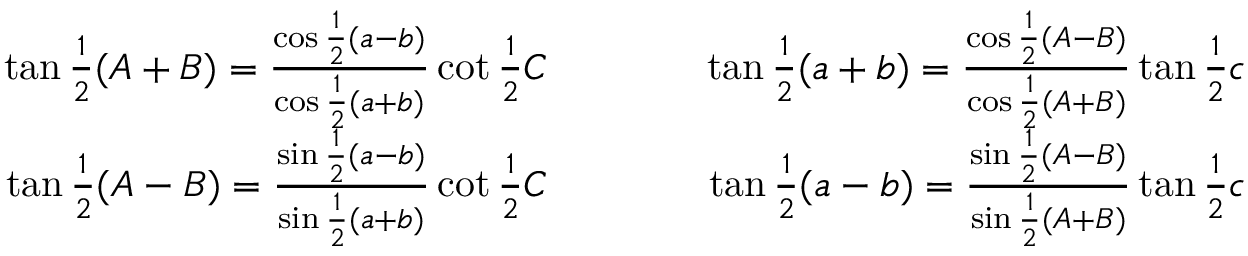
{ \begin{array} { r l r } { \tan { \frac { 1 } { 2 } } ( A + B ) = { \frac { \cos { \frac { 1 } { 2 } } ( a - b ) } { \cos { \frac { 1 } { 2 } } ( a + b ) } } \cot { \frac { 1 } { 2 } } C } & { \qquad } & { \tan { \frac { 1 } { 2 } } ( a + b ) = { \frac { \cos { \frac { 1 } { 2 } } ( A - B ) } { \cos { \frac { 1 } { 2 } } ( A + B ) } } \tan { \frac { 1 } { 2 } } c } \\ { \tan { \frac { 1 } { 2 } } ( A - B ) = { \frac { \sin { \frac { 1 } { 2 } } ( a - b ) } { \sin { \frac { 1 } { 2 } } ( a + b ) } } \cot { \frac { 1 } { 2 } } C } & { \qquad } & { \tan { \frac { 1 } { 2 } } ( a - b ) = { \frac { \sin { \frac { 1 } { 2 } } ( A - B ) } { \sin { \frac { 1 } { 2 } } ( A + B ) } } \tan { \frac { 1 } { 2 } } c } \end{array} }